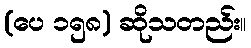
(ပေ ၁၅၈) ဆိုသတည်း။